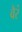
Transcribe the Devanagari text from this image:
वैरं